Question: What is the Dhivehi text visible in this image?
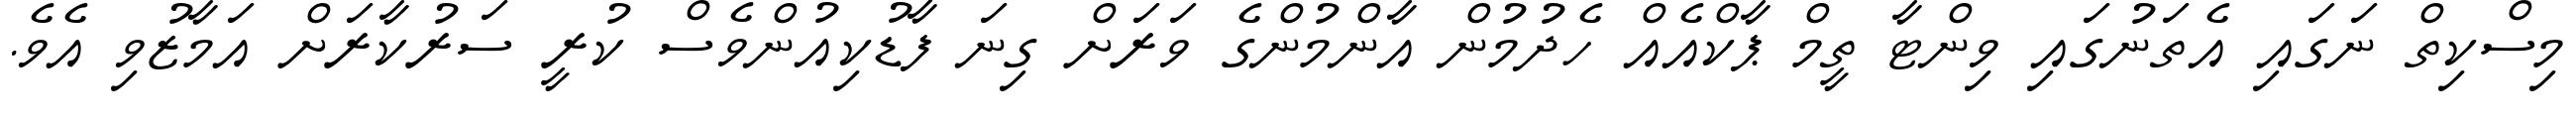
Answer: މިސްކިތް ނަގައި އެތަނުގައި ވިންޓާ ތީމް ޕާކްއެއް ހެދުމުން އާންމުންގެ ވަރަށް ގިނަ ފާޑުކިއުންވެސް ކުރީ ސަރުކާރަށް އަމާޒުވި އެވެ.